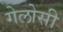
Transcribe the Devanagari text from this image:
गेलोसी